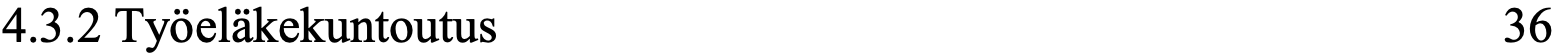
4.3.2 Työeläkekuntoutus                           36